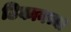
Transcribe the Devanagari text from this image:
ठिकानच्या